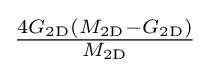
{\tfrac {4G_{\mathrm {2D} }(M_{\mathrm {2D} }-G_{\mathrm {2D} })}{M_{\mathrm {2D} }}}